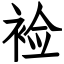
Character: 裣